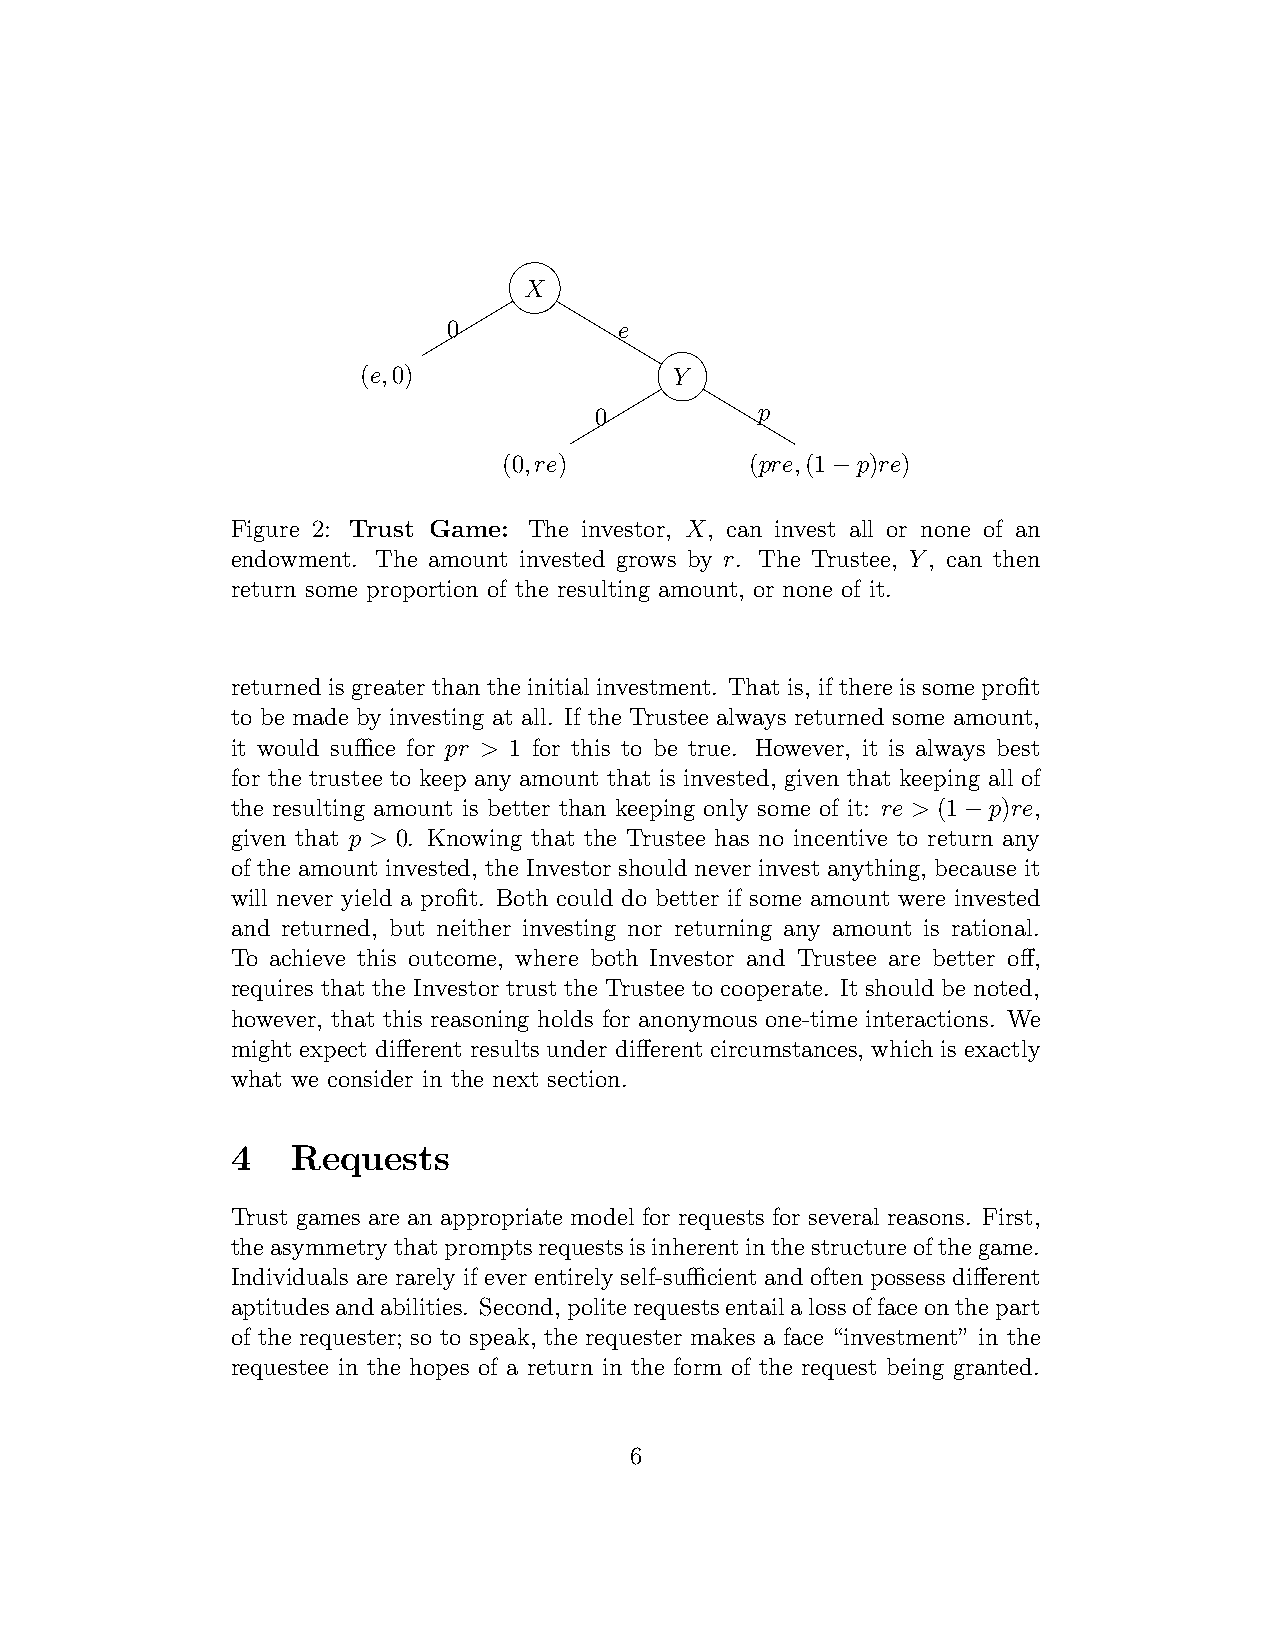
..............
 X
 0          e
 (e,0)                Y
 0          p
 (0,re)           (pre,(1 p)re)
 −
 Figure 2: Trust Game: The investor, X, can invest all or none of an
 endowment. The amount invested grows by r. The Trustee, Y, can then
 return some proportion of the resulting amount, or none of it.
 returned is greater than the initial investment. That is, if there is some profit
 to be made by investing at all. If the Trustee always returned some amount,
 it would suffice for pr > 1 for this to be true. However, it is always best
 for the trustee to keep any amount that is invested, given that keeping all of
 the resulting amount is better than keeping only some of it: re > (1 p)re,
 −
 given that p > 0. Knowing that the Trustee has no incentive to return any
 of the amount invested, the Investor should never invest anything, because it
 will never yield a profit. Both could do better if some amount were invested
 and returned, but neither investing nor returning any amount is rational.
 To achieve this outcome, where both Investor and Trustee are better off,
 requires that the Investor trust the Trustee to cooperate. It should be noted,
 however, that this reasoning holds for anonymous one-time interactions. We
 might expect different results under different circumstances, which is exactly
 what we consider in the next section.
 4   Requests
 Trust games are an appropriate model for requests for several reasons. First,
 theasymmetrythatpromptsrequestsisinherentinthestructureofthegame.
 Individuals are rarely if ever entirely self-sufficient and often possess different
 aptitudesandabilities. Second,politerequestsentailalossoffaceonthepart
 of the requester; so to speak, the requester makes a face “investment” in the
 requestee in the hopes of a return in the form of the request being granted.
 6